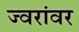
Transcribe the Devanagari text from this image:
ज्वरांवर